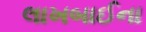
લાખબાઈના